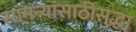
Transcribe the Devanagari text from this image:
सामन्यांसाठीसुद्धा